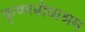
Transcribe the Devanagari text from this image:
कृष्णबोधाश्रम